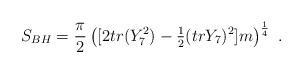
LaTeX: \begin{align*}S_{BH}= {{\pi}\over 2} \left([2tr(Y_7^2)-{\textstyle {1\over 2}}(tr Y_7)^2]m \right )^{1\over 4} \ .\end{align*}